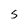
Character: S